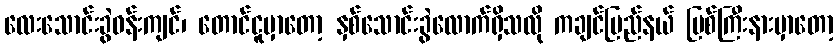
လေးသောင်းခွဲဝန်းကျင်၊ တောင်ငူမှာတော့ နှစ်သောင်းခွဲလောက်ရှိသလို ကချင်ပြည်နယ် မြစ်ကြီးနားမှာတော့